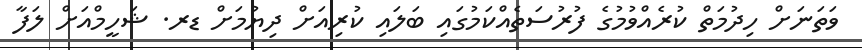
ވަތަނަށް ހިދުމަތް ކުރެއްވުމުގެ ފުރުސަތެއްކަމުގައި ބަލައި ކުރިއަށް ދިޔުމަށް ޑރ. ޝަހީމްއަށް ލަފާ